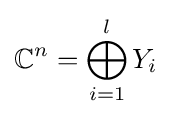
\mathbb {C} ^{n}=\bigoplus _{i=1}^{l}Y_{i}